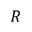
R